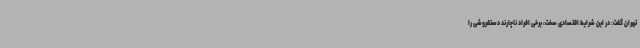
تهران گفت: در این شرایط اقتصادی سخت، برخی افراد ناچارند دستفروشی را